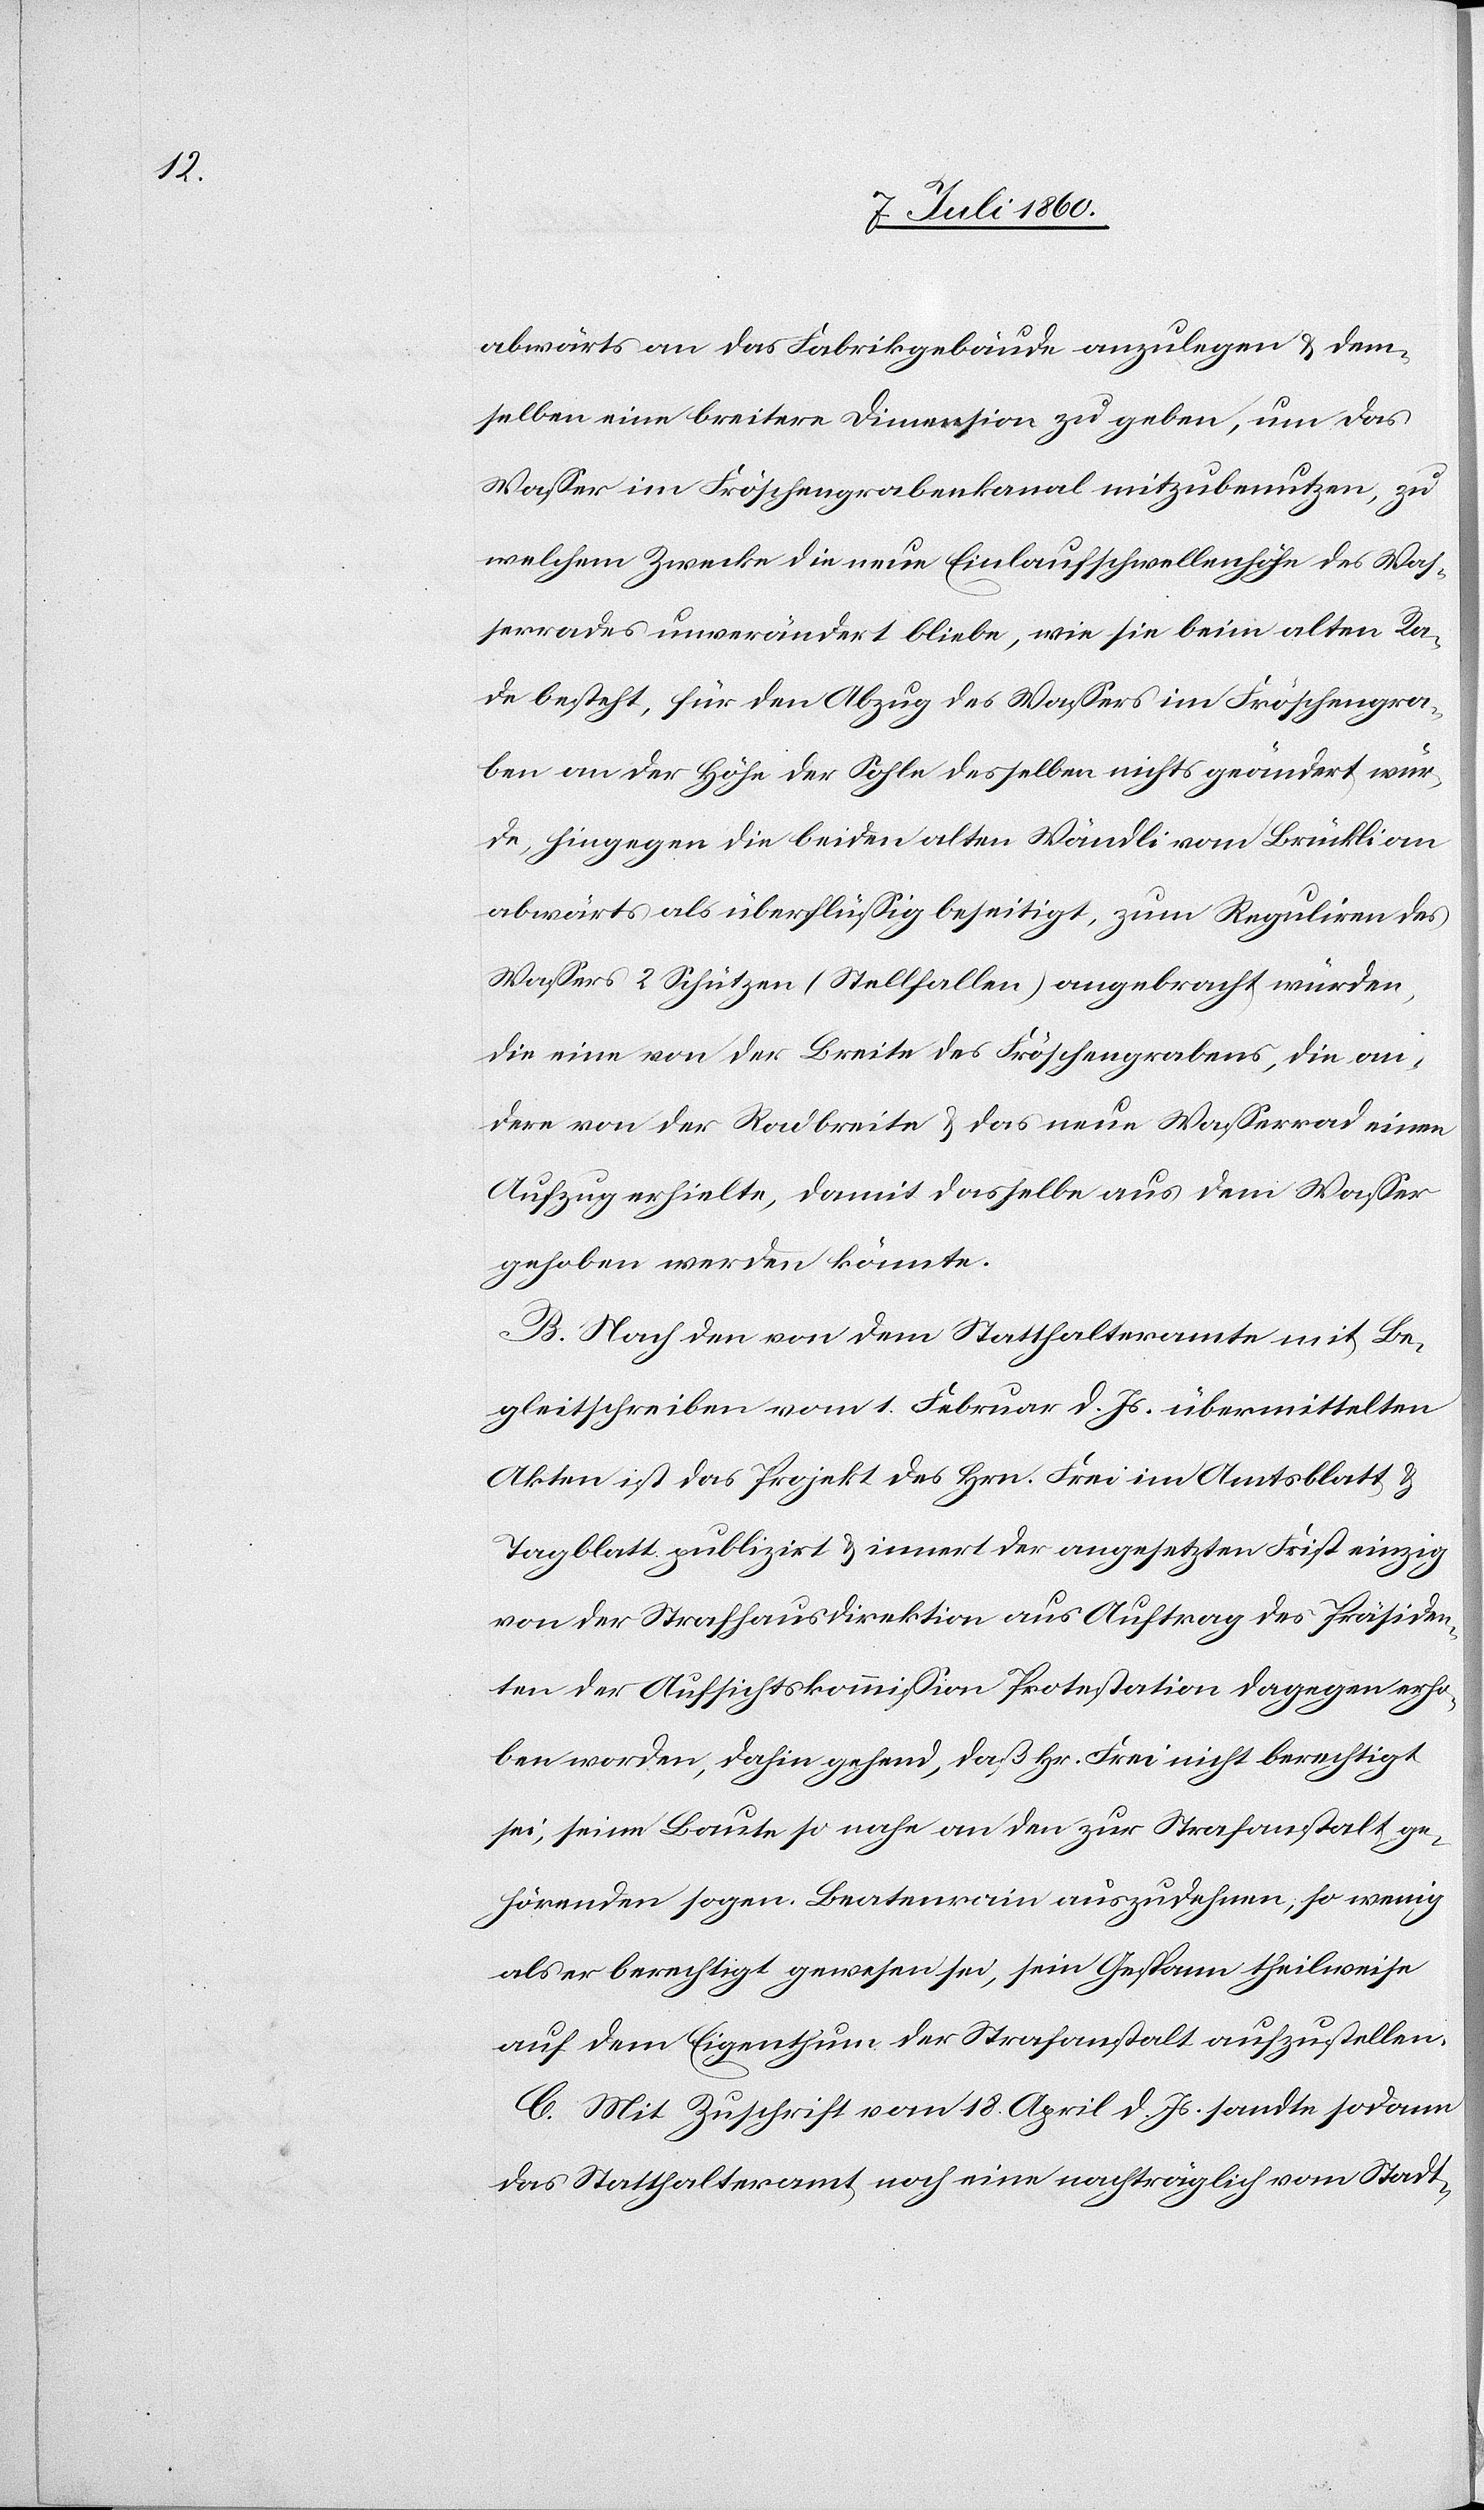
abwärts an das Fabrikgebäude anzulegen & dem¬
selben eine breitere Dimension zu geben, um das
Wasser im Fröschengrabenkanal mitzubenutzen, zu
welchem Zwecke die neue Einlaufschwellenhöhe des Was¬
serrades unverändert bliebe, wie sie beim alten Ra¬
de besteht, für den Abzug des Wassers im Fröschengra¬
ben an der Höhe der Sohle desselben nichts geändert wür¬
de, hingegen die beiden alten Wändli vom Brückli an
abwärts als überflüssig beseitigt, zum Reguliren des
Wassers 2 Schützen (Stellfallen) angebracht würden,
die eine von der Breite des Fröschengrabens, die an¬
dere von der Radbreite & das neue Wasserrad einen
Aufzug erhielte, damit dasselbe aus dem Wasser
gehoben werden könnte.
B. Nach den von dem Statthalteramt mit Be¬
gleitschreiben vom 1. Februar d. Js. übermittelten
Akten ist das Projekt des Hrn. Frei im Amtsblatt &
Tagblatt publizirt & innert der angesetzten Frist einzig
von der Strafhausdirektion aus Auftrag der Präsiden¬
ten der Aufsichtskommission Protestation dagegen erho¬
ben worden, dahin gehend, daß Hr. Frei nicht berechtigt
sei, seine Baute so nahe an den zur Strafanstalt ge¬
hörenden sogen. Beatenrain auszudehnen, so wenig
als er berechtigt gewesen sei, sein Gespann theilweise
auf dem Eigenthum der Strafanstalt aufzustellen.
C. Mit Zuschrift vom 18. April d. Js. sandte sodann
das Statthalteramt noch eine nachträglich vom Stadt-